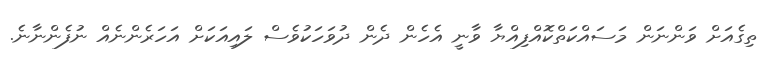
ތިގެއަށް ވަންނަން މަސައްކަތްކޮއްފިއްޔާ ވާނީ އެހެން ދެން ދުވަހަކުވެސް ލައިއަކަށް އަހަރެންނެއް ނުފެންނާނެ.